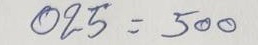
025 = 500